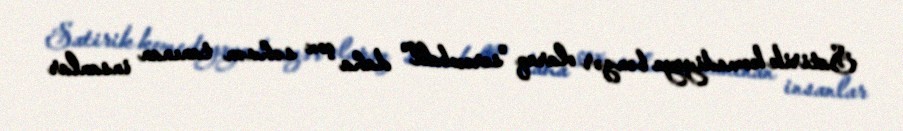
Satirik komediyaya bənzər olaraq "screwball" daha çox səhvən tanınan insanlar